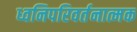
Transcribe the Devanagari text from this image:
ध्वनिपरिवर्तनात्मक